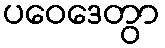
ပဝေဒေတွာ